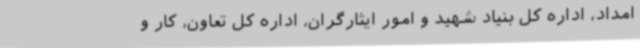
امداد، اداره کل بنیاد شهید و امور ایثارگران، اداره کل تعاون، کار و